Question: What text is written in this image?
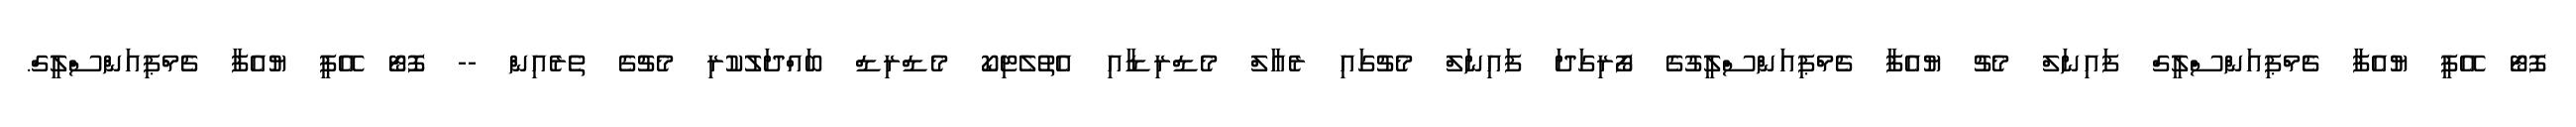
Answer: ފޮޓޯ އޭޕީ ޔުއެފާ ޗެމްޕިއަންސްލީގް ފައިނަލް މެޗު ޔުއެފާ ޗެމްޕިއަންސްލީގުގެ ފޯރިގަދަ ފައިނަލް މެޗުގައި ރެއާލް މެޑްރިޑާއި އެތުލެޓިކޯ މެޑްރިޑް ބައްދަލުކުރި މެޗުގެ ތެރެއިން -- ފޮޓޯ އޭޕީ ޔުއެފާ ޗެމްޕިއަންސްލީގް.